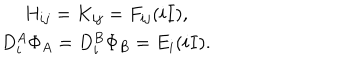
\begin{array} { c } { { H _ { i j } = K _ { i j } = F _ { i j } ( i I ) , } } \\ { { D _ { i } ^ { A } \Phi _ { A } = D _ { i } ^ { B } \Phi _ { B } = E _ { i } ( i I ) . } } \\ \end{array}